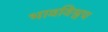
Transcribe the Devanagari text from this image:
भावविश्वच